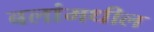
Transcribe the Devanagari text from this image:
बलांमधील